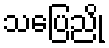
သပြေညို